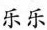
乐乐